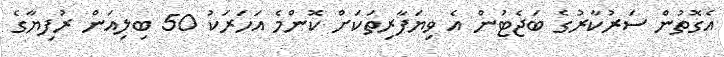
އެގޮތުން ސަރުކާރުގެ ބަޖެޓުން އެ ވިޔަފާރިތަކަށް ކޮންމެ އަހަރަކު 50 ބިލިއަން ރުފިޔާގެ